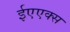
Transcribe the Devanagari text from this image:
ईएएक्स